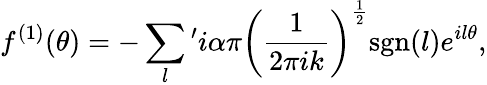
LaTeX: f^{\left(1\right)}(\theta)=-\sum_{l}{}^{\prime}i\alpha\pi\left(\frac{1}{2\pi ik}\right)^{\frac{1}{2}}\mathrm{sgn}(l)e^{il\theta},